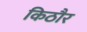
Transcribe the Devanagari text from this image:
किठौर